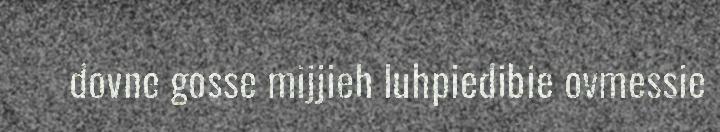
dovne gosse mijjieh luhpiedibie ovmessie